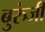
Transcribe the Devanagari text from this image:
बुरुंजी